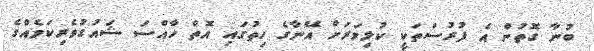
ބުނާ ގޮތުން އެ ފުރުސަތަކީ ކުޅިވަރަށް އޭނާގެ ހިތުގައި އޮތް ހާއްސަ ޝައުގުވެރިކަމެއްގެ